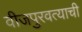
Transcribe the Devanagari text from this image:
वीजपुरवत्याची